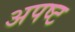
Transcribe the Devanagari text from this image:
अपष्ट